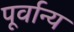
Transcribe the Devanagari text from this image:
पूर्वान्य